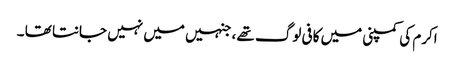
اکرم کی کمپنی میں کافی لوگ تھے ، جنہیں میں نہیں جانتا تھا ۔